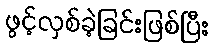
ဖွင့်လှစ်ခဲ့ခြင်းဖြစ်ပြီး